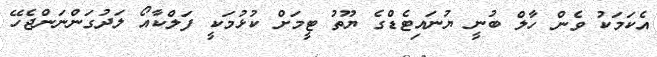
އެކަމަކު ވެން ހާލް ބުނީ ޔުނައިޓެޑްގެ ޔޫތު ޓީމަށް ކުޅުމަކީ ފަލްކާއޯ ލަދުގަންނަންޖެހޭ